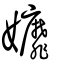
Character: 孊